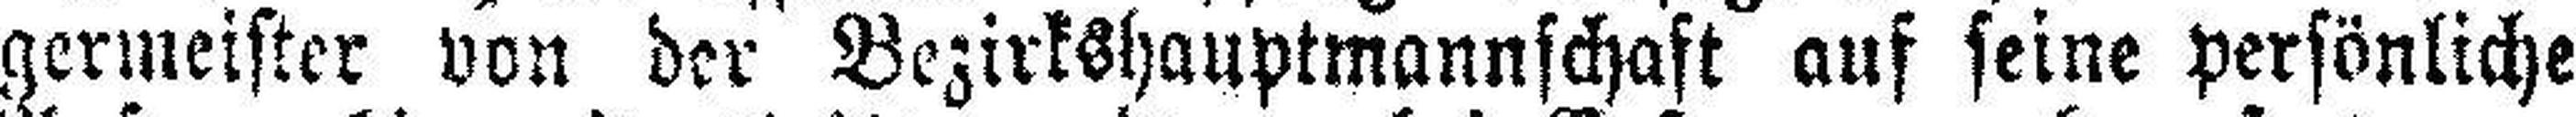
germeister von der Bezirkshauptmannschaft auf seine persönliche